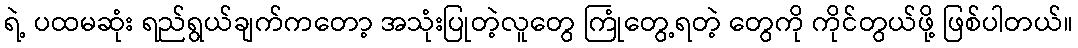
ရဲ့ ပထမဆုံး ရည်ရွယ်ချက်ကတော့ အသုံးပြုတဲ့လူတွေ ကြုံတွေ့ရတဲ့ တွေကို ကိုင်တွယ်ဖို့ ဖြစ်ပါတယ်။